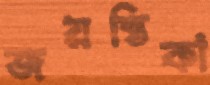
জয়ন্তিকা